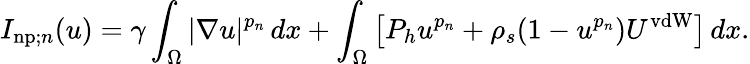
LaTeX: I_{\mathrm{np};n}(u)=\gamma\int_{\Omega}|\nabla u|^{p_{n}}\, dx+\int_{\Omega}\left[P_{h}u^{p_{n}}+\rho_{s}(1-u^{p_{n}})U^{\mathrm{vdW}}\right]\, dx.